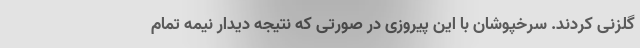
گلزنی کردند. سرخپوشان با این پیروزی در صورتی که نتیجه دیدار نیمه تمام